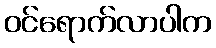
ဝင်ရောက်လာပါက